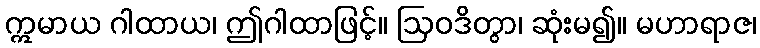
ဣမာယ ဂါထာယ၊ ဤဂါထာဖြင့်။ ဩဝဒိတွာ၊ ဆုံးမ၍။ မဟာရာဇ၊